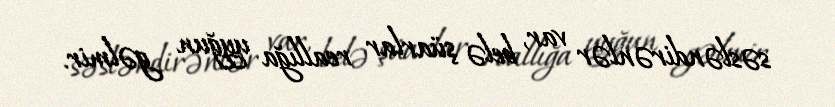
səsləndirənlər var, belə şüarlar reallığa uyğun gəlmir.